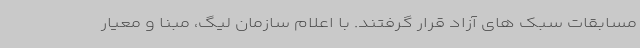
مسابقات سبک های آزاد قرار گرفتند. با اعلام سازمان لیگ، مبنا و معیار